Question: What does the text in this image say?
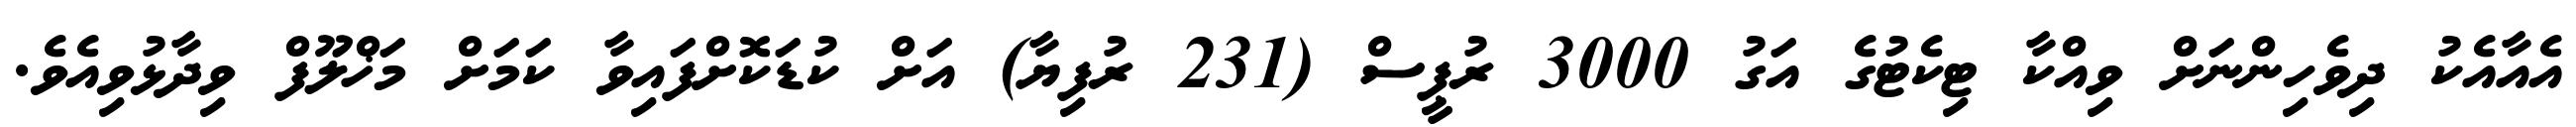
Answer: އެއާއެކު ދިވެހިންނަށް ވިއްކާ ޓިކެޓުގެ އަގު 3000 ރުޕީސް (231 ރުފިޔާ) އަށް ކުޑަކޮށްފައިވާ ކަމަށް މަޚްލޫފް ވިދާޅުވިއެވެ.